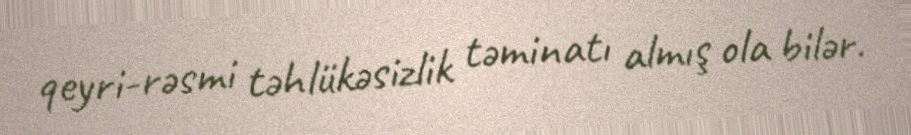
qeyri-rəsmi təhlükəsizlik təminatı almış ola bilər.